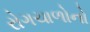
રોગચાળોનો